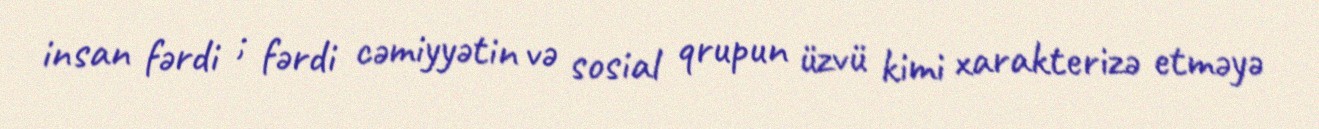
insan fərdi ; fərdi cəmiyyətin və sosial qrupun üzvü kimi xarakterizə etməyə